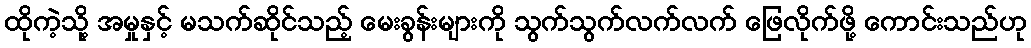
ထိုကဲ့သို့ အမှုနှင့် မသက်ဆိုင်သည့် မေးခွန်းများကို သွက်သွက်လက်လက် ဖြေလိုက်ဖို့ ကောင်းသည်ဟု